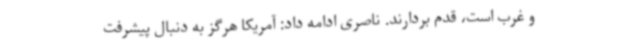
و غرب است، قدم بردارند. ناصری ادامه داد: آمریکا هرگز به دنبال پیشرفت